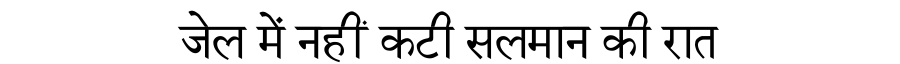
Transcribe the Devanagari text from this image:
जेल में नहीं कटी सलमान की रात